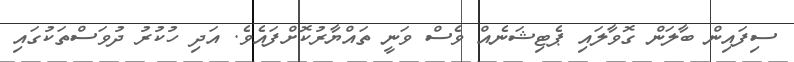
ސިފައިން ބާލަން ގޮވާލައި ޕެޓިޝަނެއް ވެސް ވަނީ ތައްޔާރުކޮށްފައެވެ. އަދި ހުކުރު ދުވަސްތަކުގައި